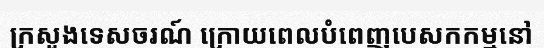
ក្រសួងទេសចរណ៍ ក្រោយពេលបំពេញបេសកកម្មនៅ